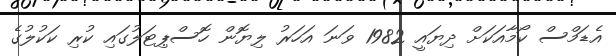
އެޑަމްސް ކޯމާއަކަށް ދިޔައީ 1982 ވަނަ އަހަރު ލިޔޮން ހޮސްޕިޓަލުގައި ކުރި ކަކުލުގެ